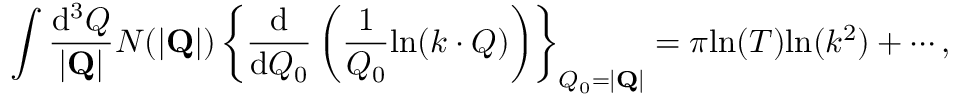
\int \frac { \mathrm { d } ^ { 3 } Q } { | { \bf Q } | } N ( | { \bf Q } | ) \left\{ \frac { \mathrm { d } } { \mathrm { d } Q _ { 0 } } \left( \frac { 1 } { Q _ { 0 } } \mathrm { l n } ( k \cdot Q ) \right) \right\} _ { Q _ { 0 } = | { \bf Q } | } = \pi \mathrm { l n } ( T ) \mathrm { l n } ( k ^ { 2 } ) + \cdots ,